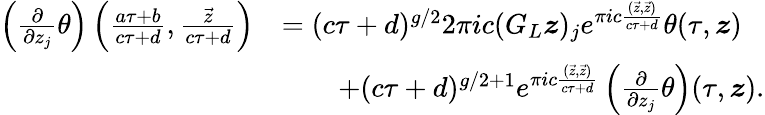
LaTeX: \begin{array}{rl}{\left(\frac{\partial}{\partial z_{j}}\theta\right)\left(\frac{a\tau+b}{c\tau+d},\frac{\vec{z}}{c\tau+d}\right)}&{=(c\tau+d)^{g/2}2\pi ic(G_{L}\boldsymbol{z})_{j}e^{\pi ic\frac{(\vec{z},\vec{z})}{c\tau+d}}\theta(\tau,\boldsymbol{z})}\\ &{\quad\quad+(c\tau+d)^{g/2+1}e^{\pi ic\frac{(\vec{z},\vec{z})}{c\tau+d}}\left(\frac{\partial}{\partial z_{j}}\theta\right)(\tau,\boldsymbol{z}).}\end{array}